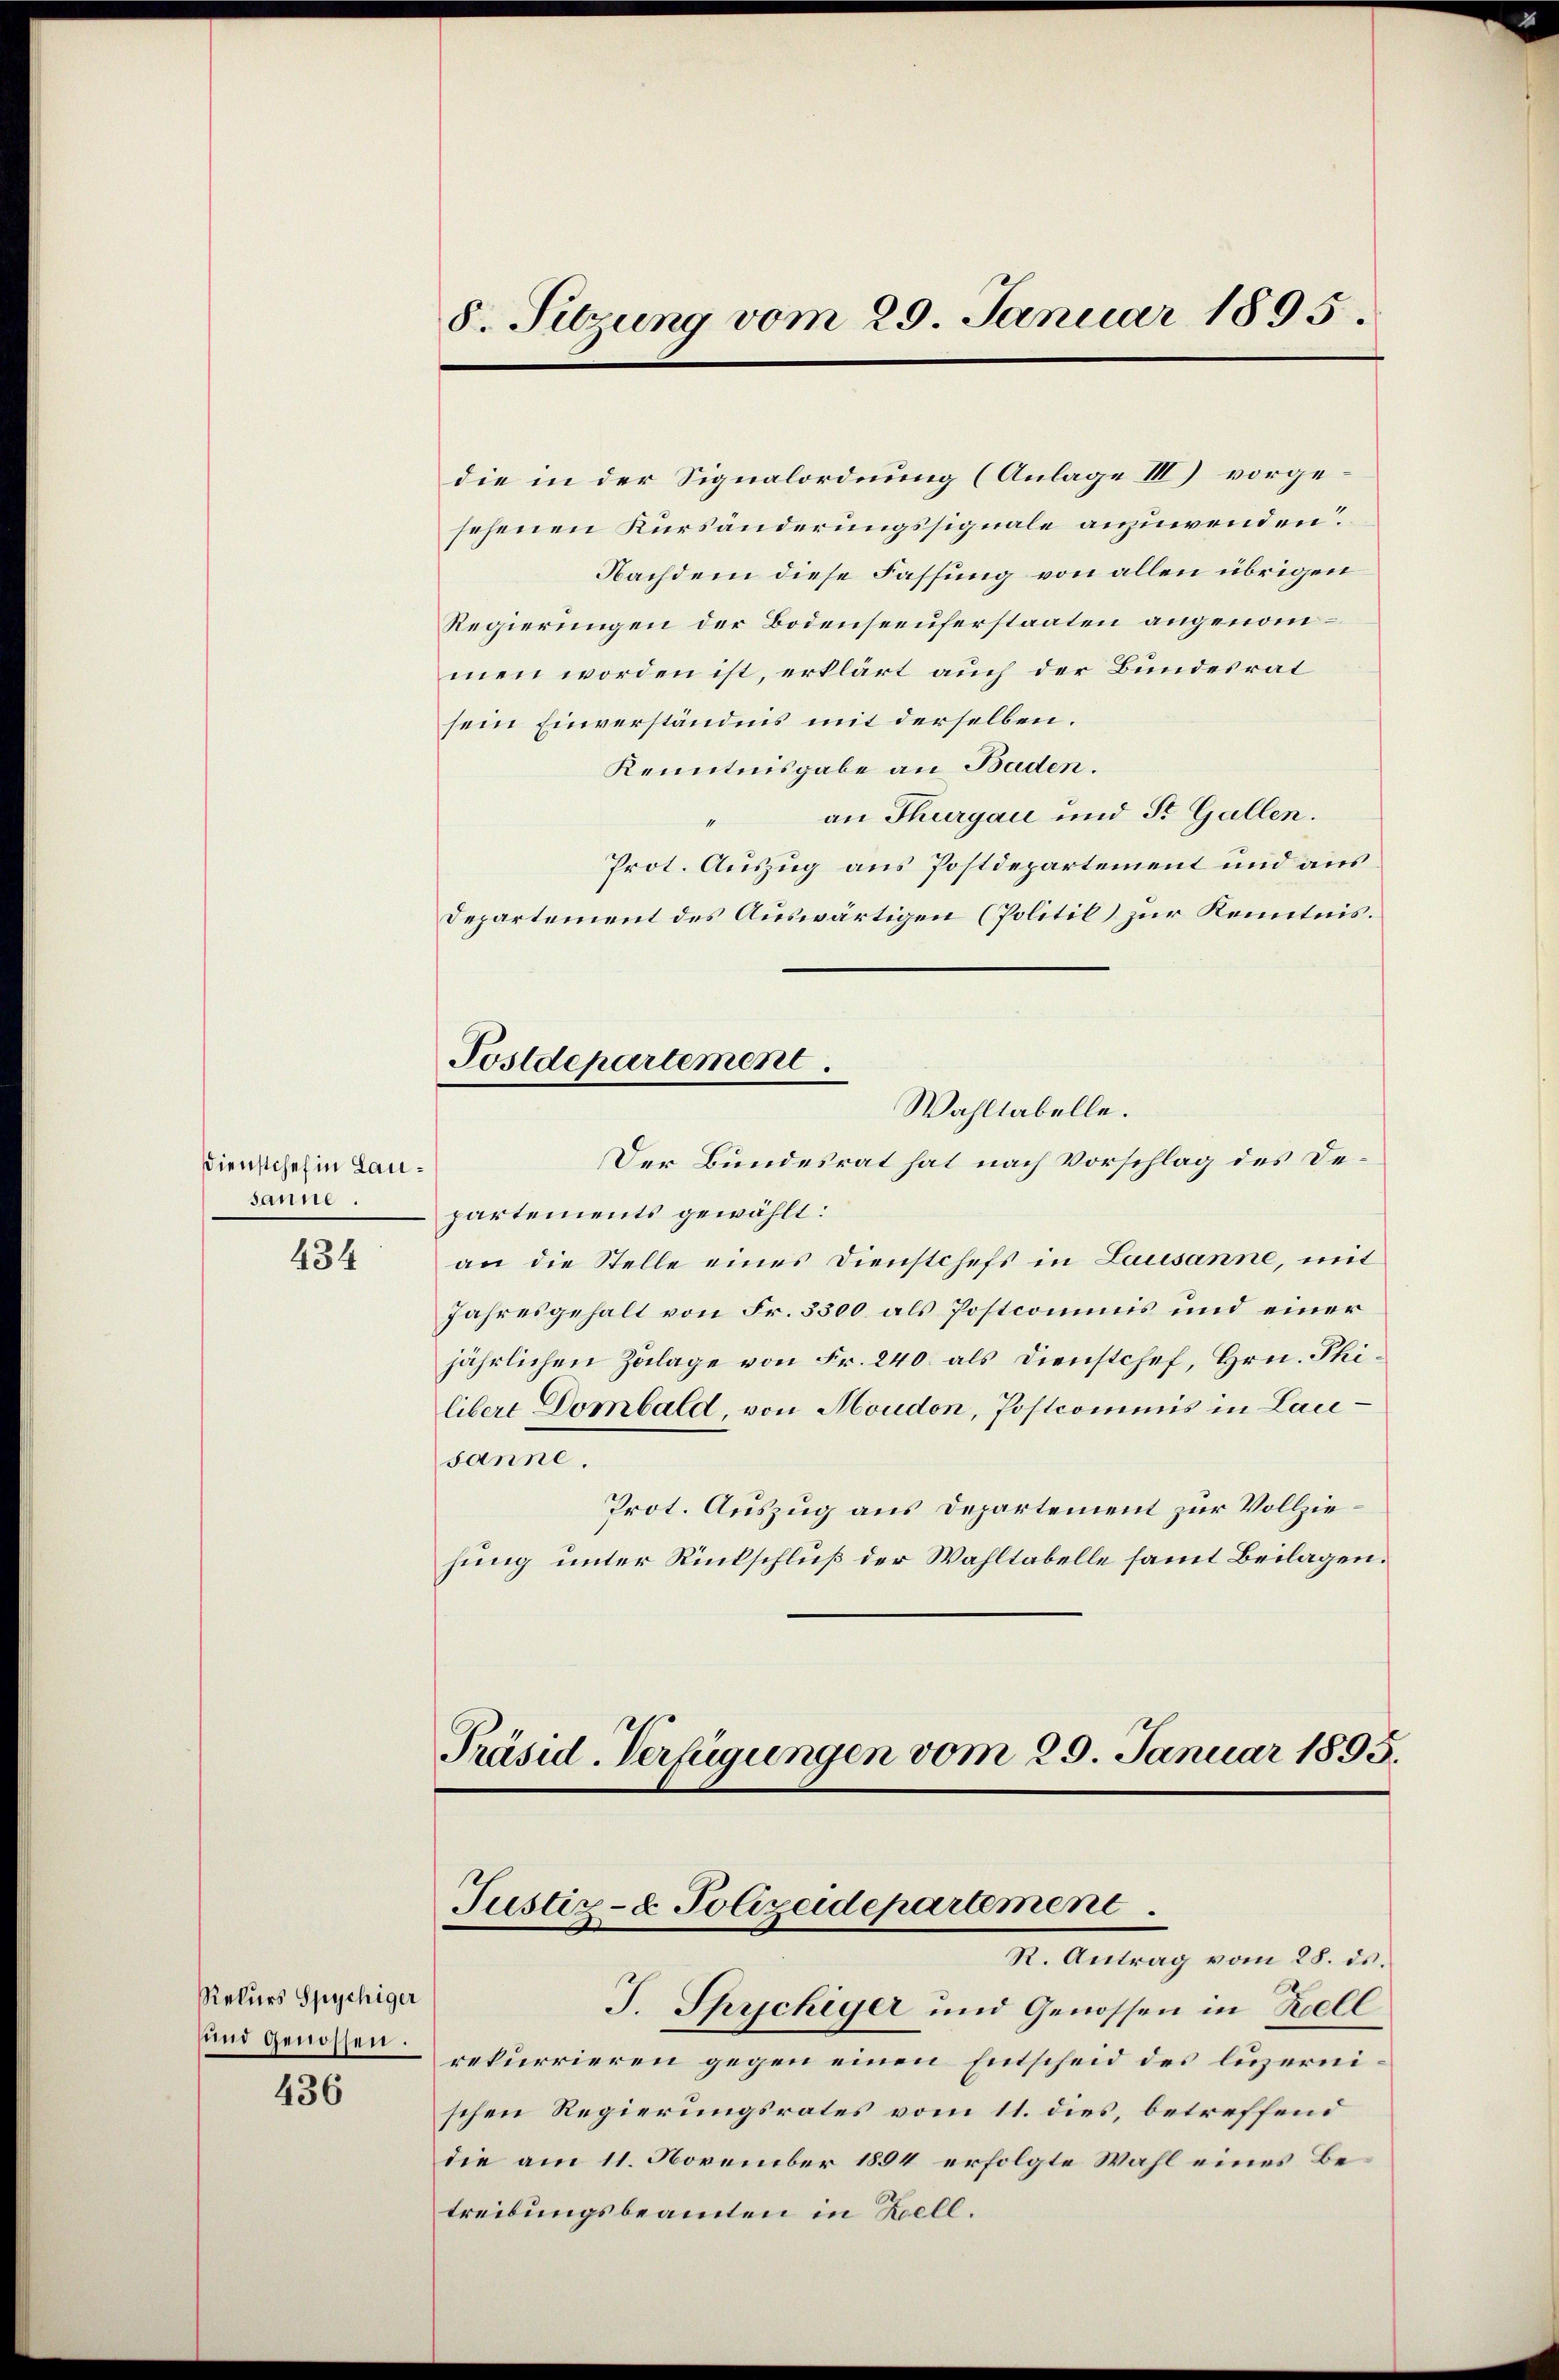
Dienstchef in Lausanne.

434

Rekurs Spychiger
und genossen.

436

8. Sitzung vom 29. Januar 1895.

die in der Signalordnung (Anlage III) vorgesehenen Kürsänderungssignale anzuwenden.
Nachdem diese Fassung von allen übrigen
Regierungen der Bodenseeuferstaaten angenommen worden ist, erklärt auch der Bundesrat
sein Einverständnis mit derselben.
Kenntnisgabe an Baden.
an Thurgau und St. Gallen.
1
Prot. Auszug aus Postdepartement und aus
Departement des Auswärtigen (Politil) zur Kenntnis.
Postdepartement.
Wahltabelle.
Der Bundesrat hat nach Vorschlag des Departements gewählt:
an die Stelle eines Dienstchefs in Lausanne, mit
Jahresgehalt von Fr. 3300 als Postcommis und einer
jährlichen Zulage von Fr. 240 als Dienstchef, Hrn. Philibert Dombald, von Moudon, Postcommis in Lausanne.
Prot. Auszug aus Departement zur Vollziehung unter Rückschluß der Wahltabelle samt Beilagen.

Präsid. Verfügungen vom 29. Januar 1895.
Justiz- & Polizeidepartement.
R. Antrag vom 28. ds.
J. Sprichiger und Genossen in Kell

rekurrieren gegen einen Entscheid des luzernischen Regierungsrates vom 11. dies, betreffend
die am 11. November 1894 erfolgte Wahl eines Betreibungsbeamten in Bell.